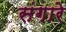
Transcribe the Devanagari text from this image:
संगारे